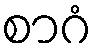
စာဂံ